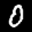
Label: 0